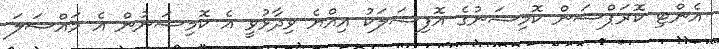
އެންޓި ކޮރަޕްޝަން ކޮމިޝަނުގެ އޮފިޝަލަކު އިއްޔެ ވިދާޅުވީ އެ ކޮމިޝަނުން އެ މައްސަލަ